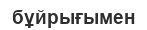
бұйрығымен